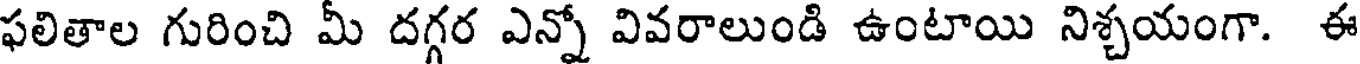
ఫలితాల గురించి మీ దగ్గర ఎన్నో వివరాలుండి ఉంటాయి నిశ్చయంగా. ఈ